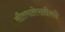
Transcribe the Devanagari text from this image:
सौरमालेपलीकडे